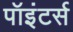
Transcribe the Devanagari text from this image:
पॉइंटर्स